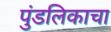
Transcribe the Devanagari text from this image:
पुंडलिकाचा